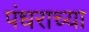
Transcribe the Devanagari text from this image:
पंधराच्या